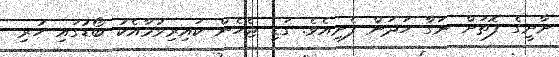
ށާށީގެ ފޮތަށް ނަގާ ހަދަން ފެށިއެވެ. ގަޑި ޖެހެން ކައިރިވުމާއެކު ބޯޑުގައި ހުރި